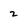
Character: 2